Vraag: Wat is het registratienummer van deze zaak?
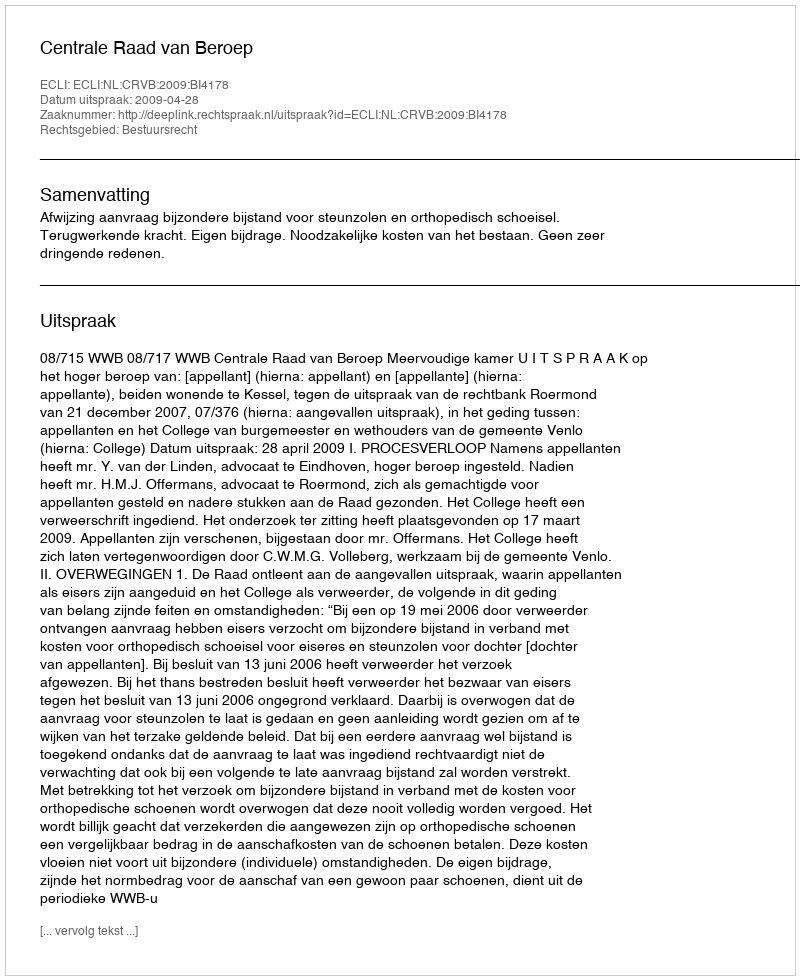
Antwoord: http://deeplink.rechtspraak.nl/uitspraak?id=ECLI:NL:CRVB:2009:BI4178